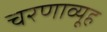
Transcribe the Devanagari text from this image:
चरणाव्यूह